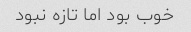
خوب بود اما تازه نبود